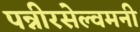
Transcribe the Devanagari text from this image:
पन्नीरसेल्वमनी